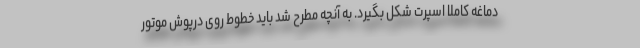
دماغه کاملا اسپرت شکل بگیرد. به آنچه مطرح شد باید خطوط روی درپوش موتور